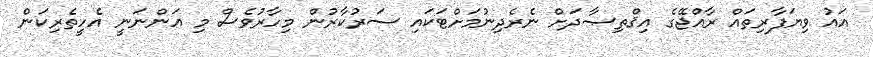
އައު ވިޔަފާރިތައް ރާއްޖޭގެ އިޤްތިޞާދަށް ނެރެދިނުމަށްޓަކައި ސަރުކާރުން މިހާރުވެސް މި އަންނަނީ އެހީތެރިކަން